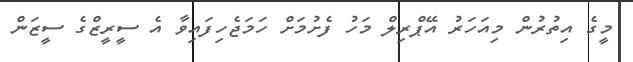
މީގެ އިތުރުން މިއަހަރު އޭޕްރިލް މަހު ފެށުމަށް ހަމަޖެހިފައިވާ އެ ސީރީޒްގެ ސީޒަން